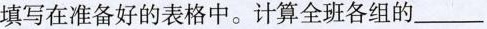
填写在准备好的表格中。计算全班各组的___